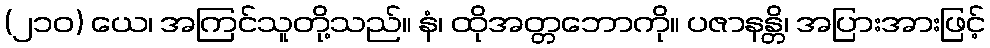
(၂၁၀) ယေ၊ အကြင်သူတို့သည်။ နံ၊ ထိုအတ္တဘောကို။ ပဇာနန္တိ၊ အပြားအားဖြင့်